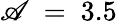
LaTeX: \mathscr{A}\ =\ 3.5